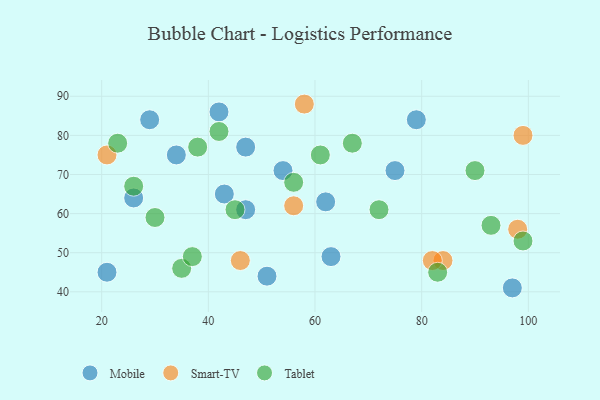
{"axis": {"x": "GDP", "y": "Life Expectancy"}, "legend": ["Mobile", "Smart-TV", "Tablet"], "data": [{"x": "97", "y": 41, "type": "Mobile"}, {"x": "75", "y": 71, "type": "Mobile"}, {"x": "21", "y": 45, "type": "Mobile"}, {"x": "43", "y": 65, "type": "Mobile"}, {"x": "26", "y": 64, "type": "Mobile"}, {"x": "54", "y": 71, "type": "Mobile"}, {"x": "79", "y": 84, "type": "Mobile"}, {"x": "62", "y": 63, "type": "Mobile"}, {"x": "29", "y": 84, "type": "Mobile"}, {"x": "34", "y": 75, "type": "Mobile"}, {"x": "42", "y": 86, "type": "Mobile"}, {"x": "51", "y": 44, "type": "Mobile"}, {"x": "47", "y": 77, "type": "Mobile"}, {"x": "63", "y": 49, "type": "Mobile"}, {"x": "47", "y": 61, "type": "Mobile"}, {"x": "56", "y": 62, "type": "Smart-TV"}, {"x": "58", "y": 88, "type": "Smart-TV"}, {"x": "84", "y": 48, "type": "Smart-TV"}, {"x": "98", "y": 56, "type": "Smart-TV"}, {"x": "99", "y": 80, "type": "Smart-TV"}, {"x": "82", "y": 48, "type": "Smart-TV"}, {"x": "46", "y": 48, "type": "Smart-TV"}, {"x": "21", "y": 75, "type": "Smart-TV"}, {"x": "90", "y": 71, "type": "Tablet"}, {"x": "99", "y": 53, "type": "Tablet"}, {"x": "93", "y": 57, "type": "Tablet"}, {"x": "30", "y": 59, "type": "Tablet"}, {"x": "38", "y": 77, "type": "Tablet"}, {"x": "35", "y": 46, "type": "Tablet"}, {"x": "45", "y": 61, "type": "Tablet"}, {"x": "37", "y": 49, "type": "Tablet"}, {"x": "67", "y": 78, "type": "Tablet"}, {"x": "61", "y": 75, "type": "Tablet"}, {"x": "26", "y": 67, "type": "Tablet"}, {"x": "23", "y": 78, "type": "Tablet"}, {"x": "42", "y": 81, "type": "Tablet"}, {"x": "56", "y": 68, "type": "Tablet"}, {"x": "83", "y": 45, "type": "Tablet"}, {"x": "72", "y": 61, "type": "Tablet"}]}